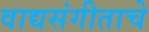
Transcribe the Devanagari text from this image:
वाद्यसंगीताचे